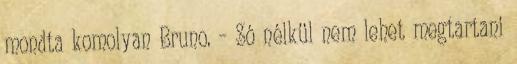
mondta komolyan Bruno. – Só nélkül nem lehet megtartani